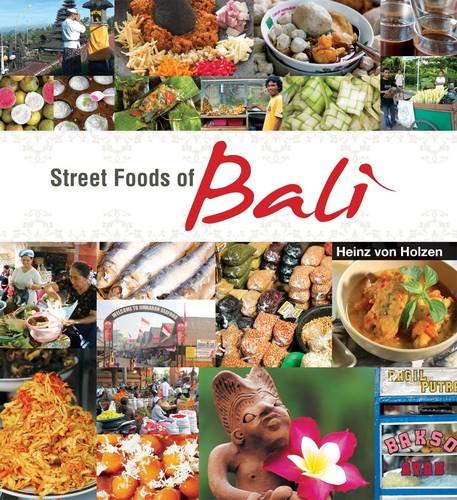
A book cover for Street Foods of Bali; Heinz Von Holzen; Cookbooks, Food & Wine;